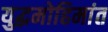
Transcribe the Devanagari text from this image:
युद्धमोहिमांत